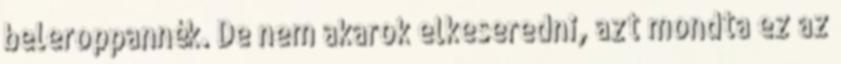
beleroppannék. De nem akarok elkeseredni, azt mondta ez az